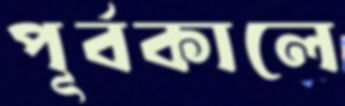
পূর্বকালে